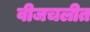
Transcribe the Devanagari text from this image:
वीजचलीत